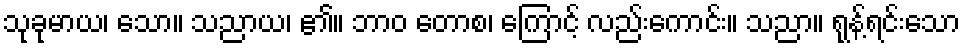
သုခုမာယ၊ သော။ သညာယ၊ ၏။ ဘာဝ တောစ၊ ကြောင့် လည်းကောင်း။ သညာ။ ရုန့်ရင်းသော